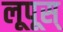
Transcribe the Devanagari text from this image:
लूपूस्